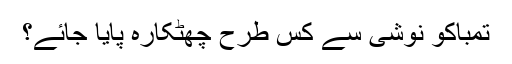
تمباکو نوشی سے کس طرح چھٹکارہ پایا جائے؟